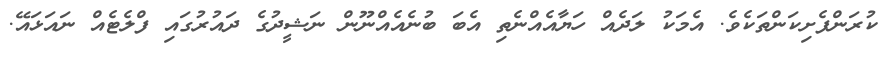
ކުރަންފެށިކަންތަކެވެ. އެމަކު ލަދެއް ހަޔާއެއްނެތި އެބަ ބުނެއެއްނޫން ނަޝީދުގެ ދައުރުގައި ފްލެޓެއް ނައަޅައޭ.